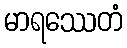
မာရဿေတံ